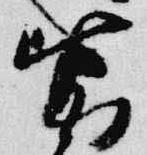
皆